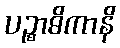
ပဉ္စာဓိကာနိ